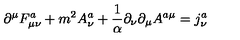
\partial ^ { \mu } F _ { \mu \nu } ^ { a } + m ^ { 2 } A _ { \nu } ^ { a } + \frac 1 \alpha \partial _ { \nu } \partial _ { \mu } A ^ { a \mu } = j _ { \nu } ^ { a }